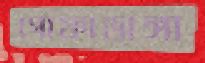
গোফাডাঙ্গা